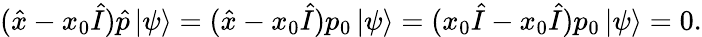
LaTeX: ({\hat{x}}-x_{0}{\hat{I}}){\hat{p}}\, |\psi\rangle=({\hat{x}}-x_{0}{\hat{I}})p_{0}\, |\psi\rangle=(x_{0}{\hat{I}}-x_{0}{\hat{I}})p_{0}\, |\psi\rangle=0.